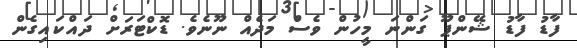
ފާޑު ފާޑު ޝޭންޕޫ ގަންނަ މީހުން ވެސް މަދެއް ނޫނެވެ. ޑޮކްޓަރަށް ދައްކައިގެން